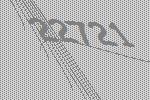
22721